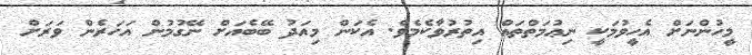
މީހުންނަށް އެހީވުމަކީ ނިޢުމަތްތައް އިތުރުވާކެމެވެ. އެކަން މިއަދު ބޭބެއަށް ނޭގުމުން އަހަރެން ވަރަށް